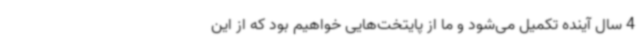
4 سال آینده تکمیل می‌شود و ما از پایتخت‌هایی خواهیم بود که از این